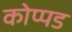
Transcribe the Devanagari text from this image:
कोप्पड